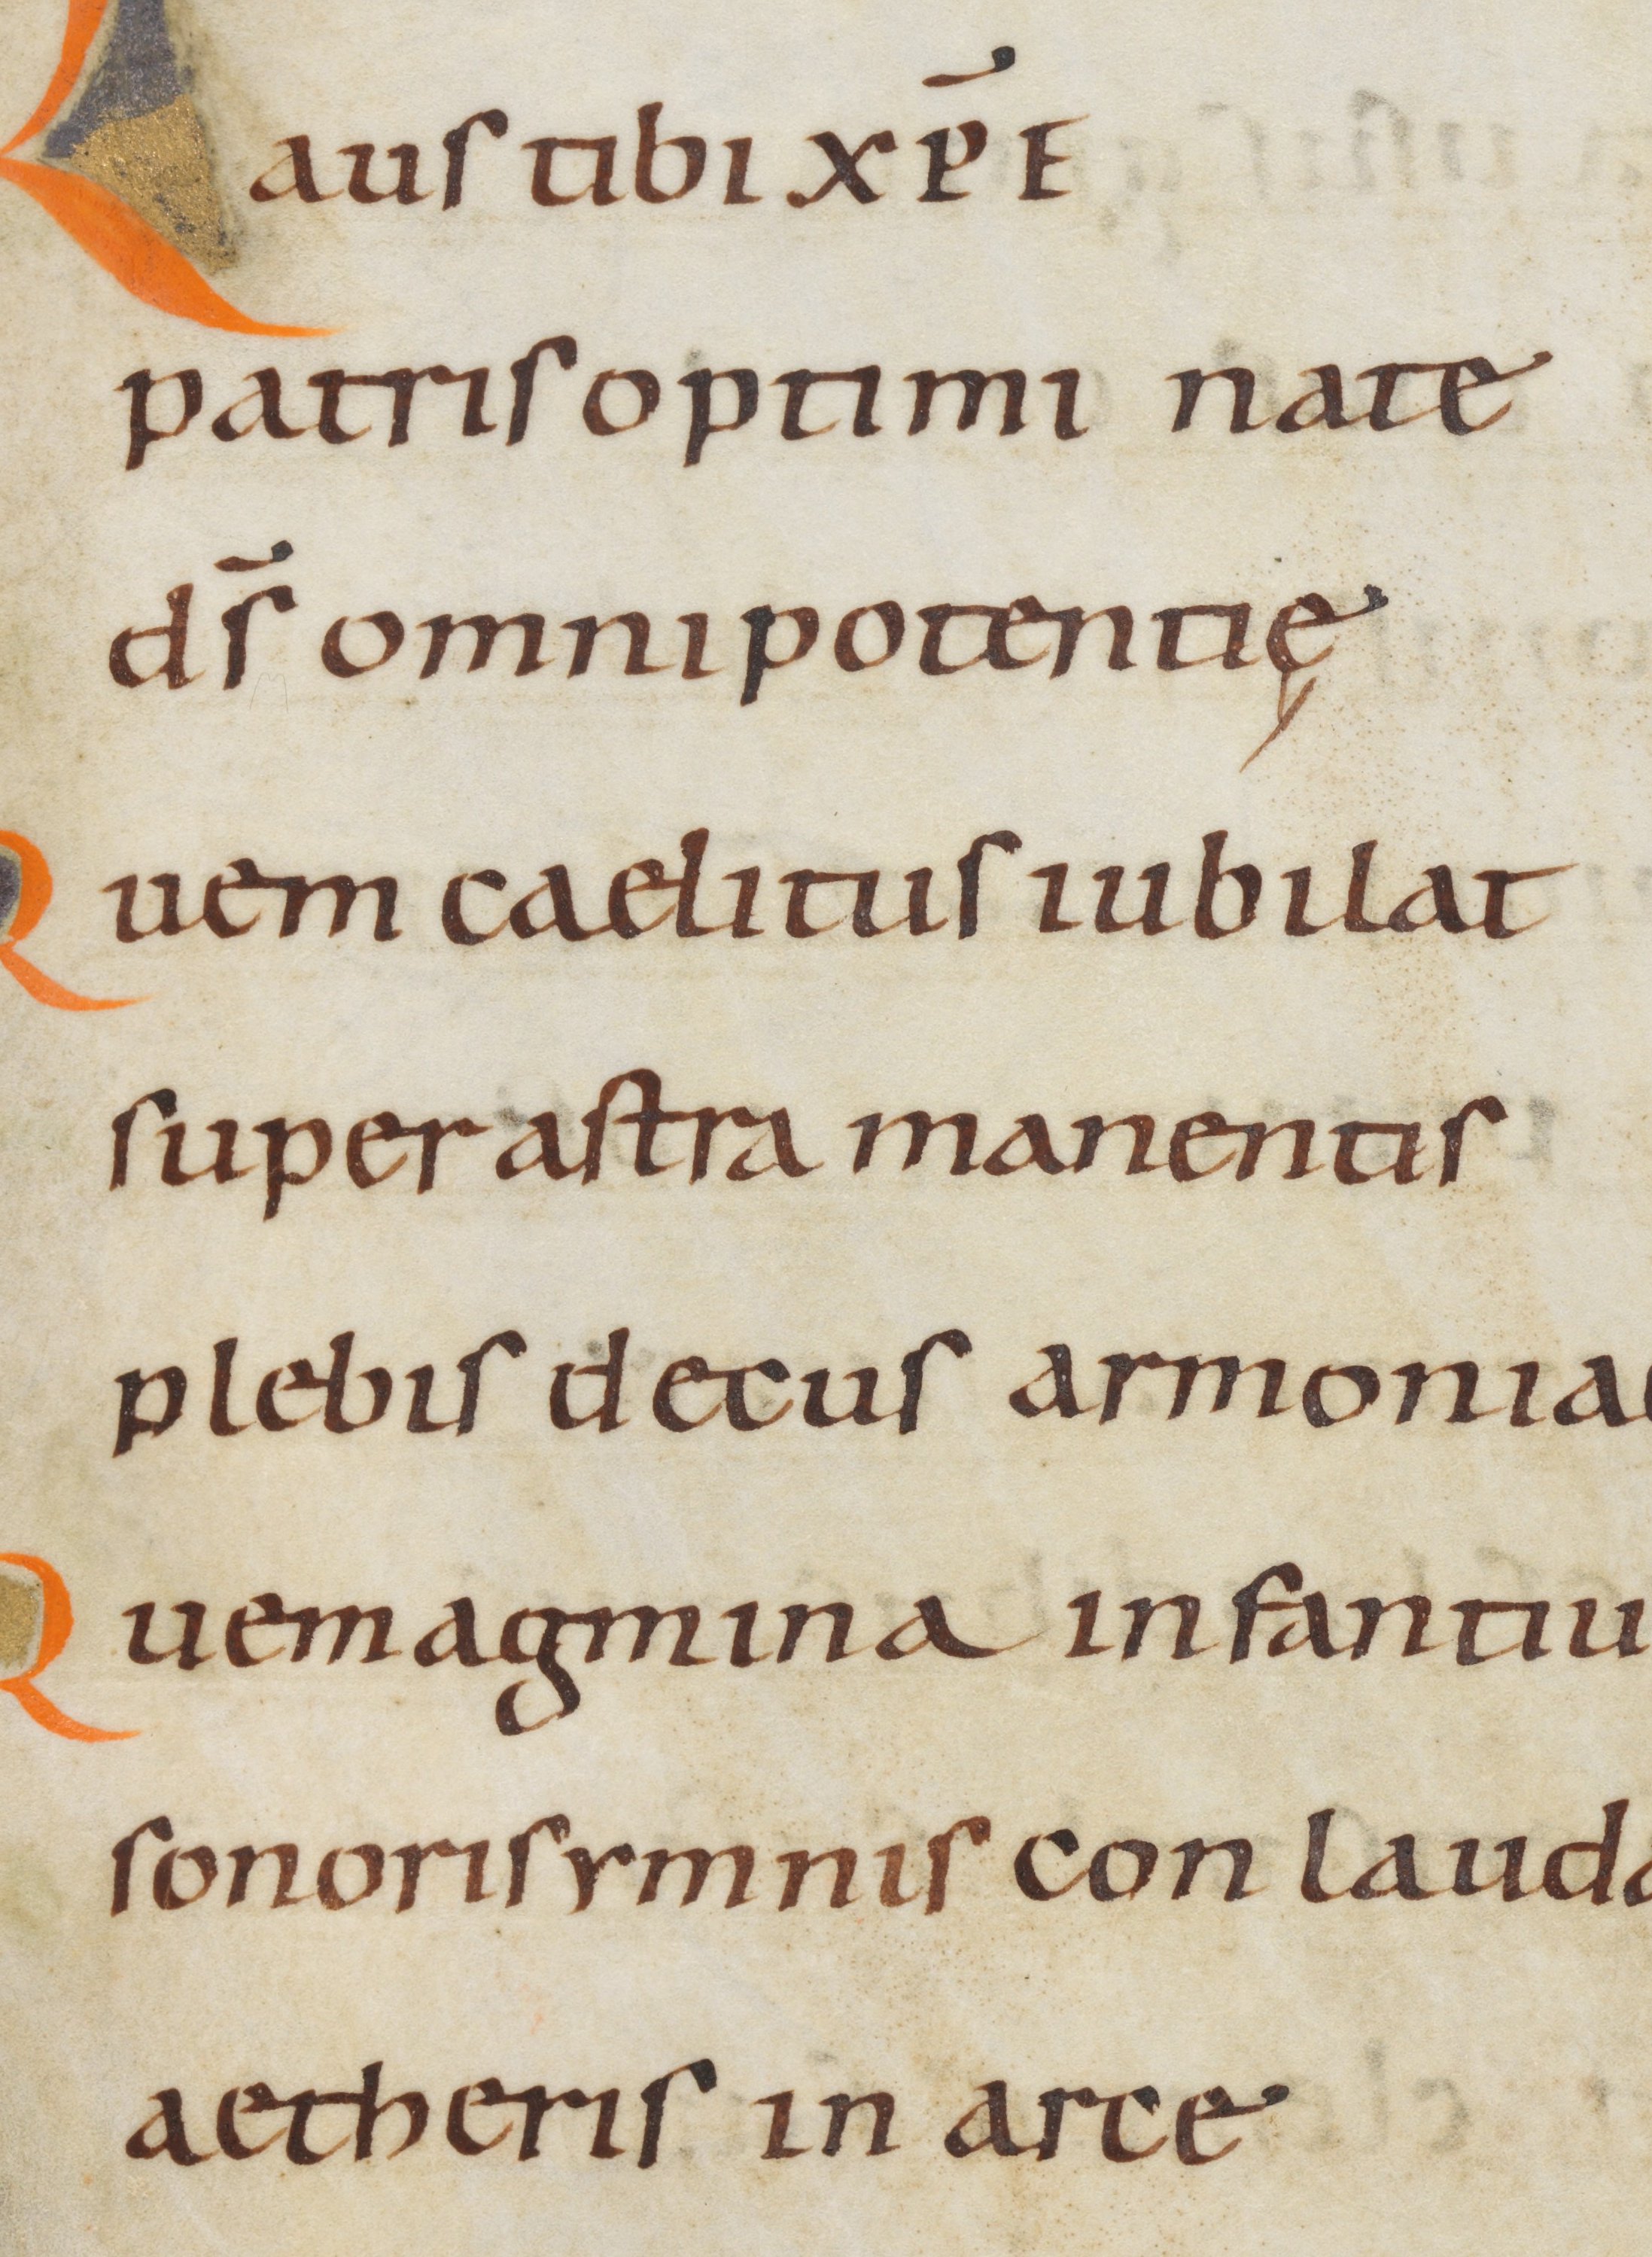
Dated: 945–985